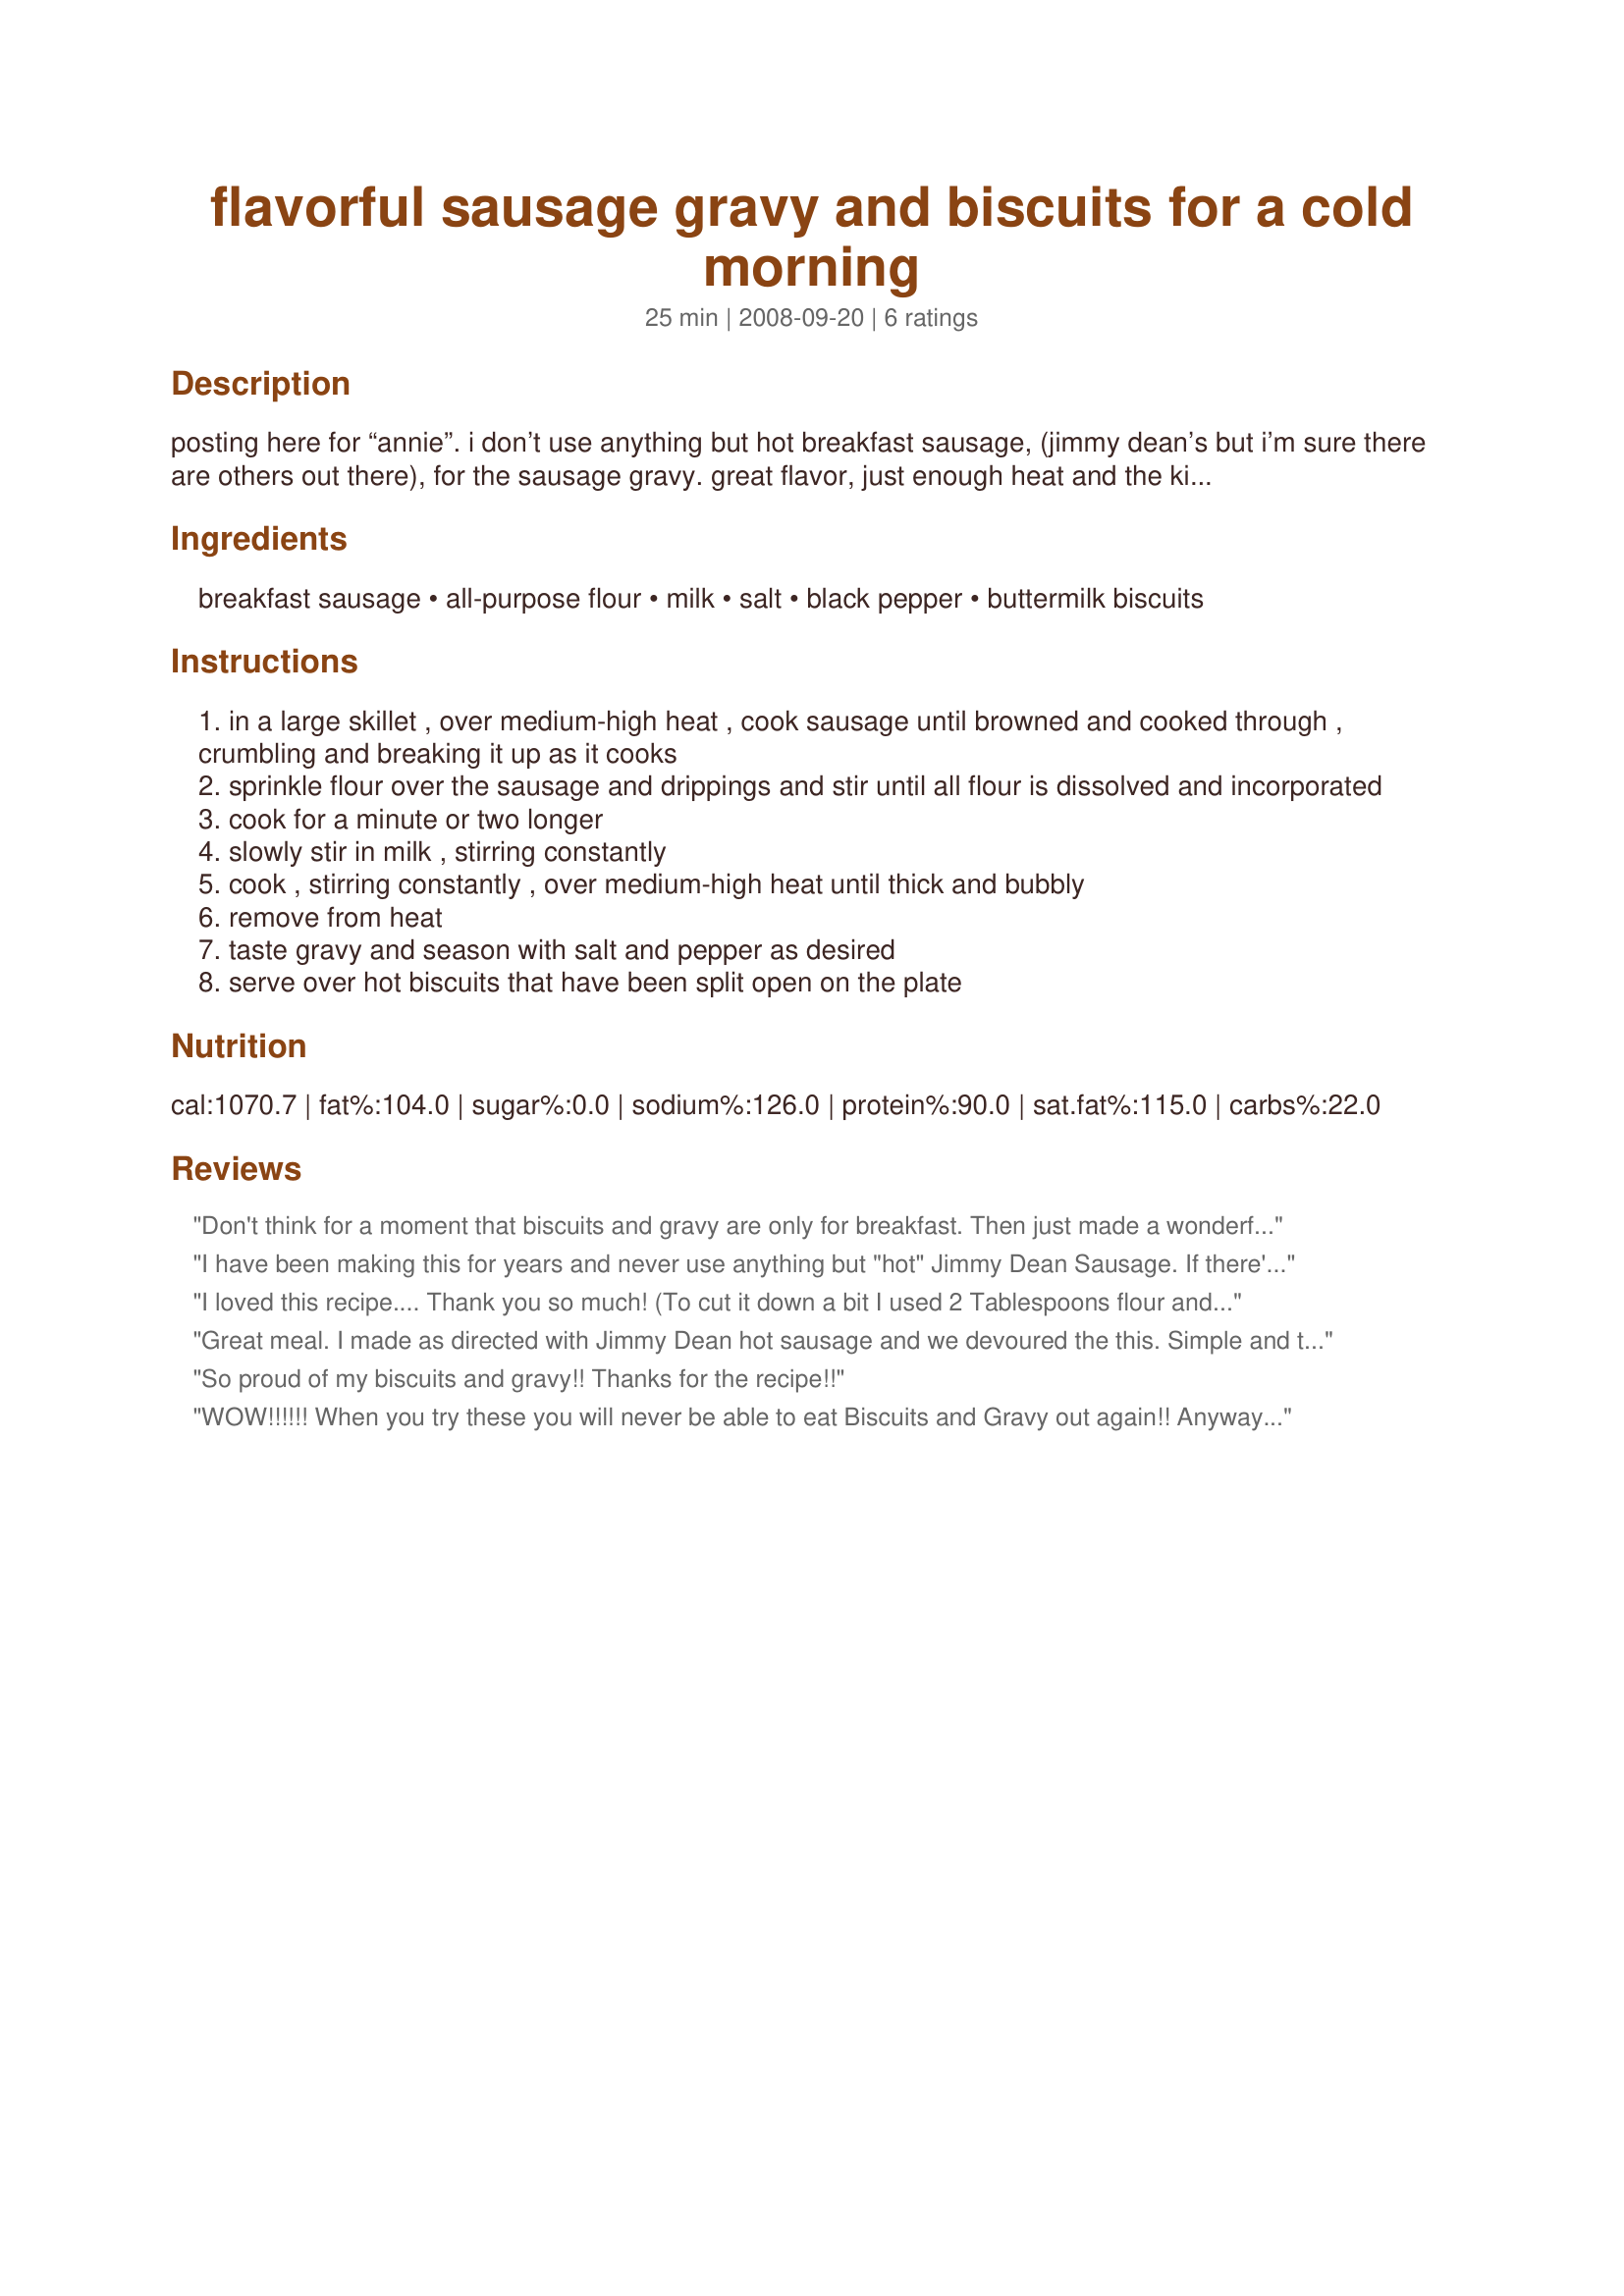
flavorful sausage gravy and biscuits for a cold morning
Preparation time: 25 minutes

posting here for “annie”.
i don’t use anything but hot breakfast sausage, (jimmy dean’s but i’m sure there are others out there), for the sausage gravy. great flavor, just enough heat and the kids (even the big one) milled it. lol.

note: prep time does not include making the biscuits.

Ingredients:
breakfast sausage, all-purpose flour, milk, salt, black pepper, buttermilk biscuits

Steps:
in a large skillet , over medium-high heat , cook sausage until browned and cooked through , crumbling and breaking it up as it cooks
sprinkle flour over the sausage and drippings and stir until all flour is dissolved and incorporated
cook for a minute or two longer
slowly stir in milk , stirring constantly
cook , stirring constantly , over medium-high heat until thick and bubbly
remove from heat
taste gravy and season with salt and pepper as desired
serve over hot biscuits that have been split open on the plate

Reviews:
Don't think for a moment that biscuits and gravy are only for breakfast. Then just made a wonderful lunch on a snowy day. This is heart felt comfort food that feeds your soul as well as your tummy. I have to say that I used veggie sausage with some red pepper flakes added in place of pork sausage to help with diabetic needs. It tasted wonderful and every bite was enjoyed.
I have been making this for years and never use anything but "hot" Jimmy Dean Sausage. If there's anything better than Jimmy Dean, I haven't found it. I also serve this over Grands Buttermilk Biscuits. Thanks for sharing your recipe Noeleen.
I loved this recipe.... Thank you so much! (To cut it down a bit I used 2 Tablespoons flour and 2 cups of milk.)
Great meal. I made as directed with Jimmy Dean hot sausage and we devoured the this. Simple and tasty. Thanks Noeleen for a nice keeper. Made for Chef Alphabet Soup Tag.
So proud of my biscuits and gravy!! Thanks for the recipe!!
WOW!!!!!! When you try these you will never be able to eat Biscuits and Gravy out again!! Anyway that's what DH said, as he liked to eat these out with the guys, but since I made these using Jimmy Dean Sage Sausage, threw in some onions too, it was delicious. Thanks for this great recipe!
